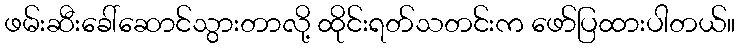
ဖမ်းဆီးခေါ်ဆောင်သွားတာလို့ ထိုင်းရတ်သတင်းက ဖော်ပြထားပါတယ်။